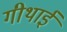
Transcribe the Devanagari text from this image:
गीथाई